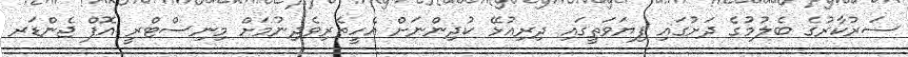
ސަރުކާރުގެ ބެލުމުގެ ދަށުގައި ފިޔަވަތީގައި ދިރިއުޅޭ ކުދިންނަށް އެހީތެރިވެދިނުމަށް މިނިސްޓްރީ އޮފް ޖެންޑަރ